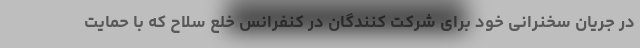
در جریان سخنرانی خود برای شرکت کنندگان در کنفرانس خلع سلاح که با حمایت